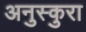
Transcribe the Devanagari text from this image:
अनुस्कुरा